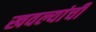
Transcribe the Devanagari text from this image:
खवल्यांची